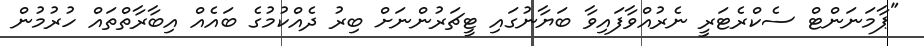
"ޕާމަނަންޓް ސެކްރެޓަރީ ނެރުއްވާފައިވާ ބަޔާނުގައި ޓީޗަރުންނަށް ބިރު ދެއްކުމުގެ ބައެއް އިބާރާތްތައް ހުރުމުން